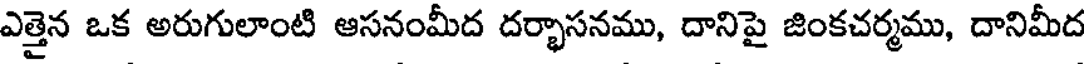
ఎత్తైన ఒక అరుగులాంటి ఆసనంమీద దర్భాసనము, దానిపై జింకచర్మము, దానిమీద